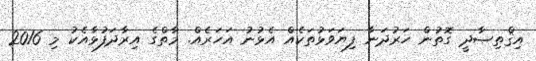
އިޤްތިޞާދީ ގޮތުން ހަރުދަނާ ފިޔަވަޅުތަކެއް އެޅުނު އަހަރެއް. މާތްގެ އިރާދަފުޅާއެކު މި 2016